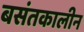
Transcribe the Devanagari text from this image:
बसंतकालीन